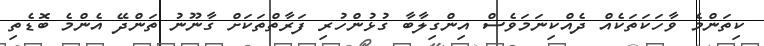
ކިތަންމެ ވާހަކަތަކެއް ދެއްކިނަމަވެސް އިންގިލާބާ ގުޅުންހުރި ފަރާތްތަކަށް ގާނޫނު ތަންދޭ އެންމެ ބޮޑެތި